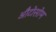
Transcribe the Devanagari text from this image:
औटोसोम